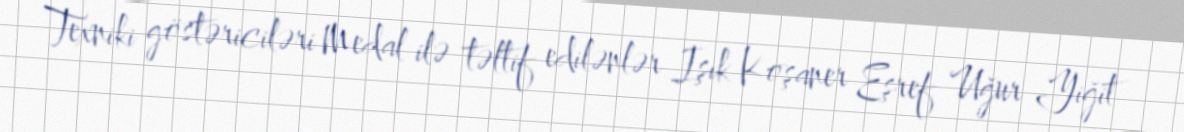
Texniki göstəriciləri Medal ilə təltif edilənlər Işık Koşaner Eşref Uğur Yiğit